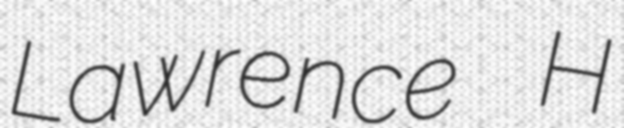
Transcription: Lawrence H